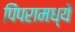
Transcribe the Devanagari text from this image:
पिंपरामध्ये